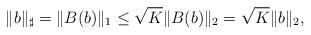
LaTeX: \begin{align*}\|b\|_\sharp=\|B(b)\|_1\leq\sqrt{K}\|B(b)\|_2=\sqrt{K}\|b\|_2,\end{align*}